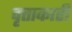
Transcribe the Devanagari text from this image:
वृत्ताकारी